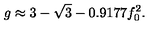
g \approx 3 - \sqrt 3 - 0 . 9 1 7 7 f _ { 0 } ^ { 2 } .